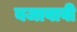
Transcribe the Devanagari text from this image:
बजावावी